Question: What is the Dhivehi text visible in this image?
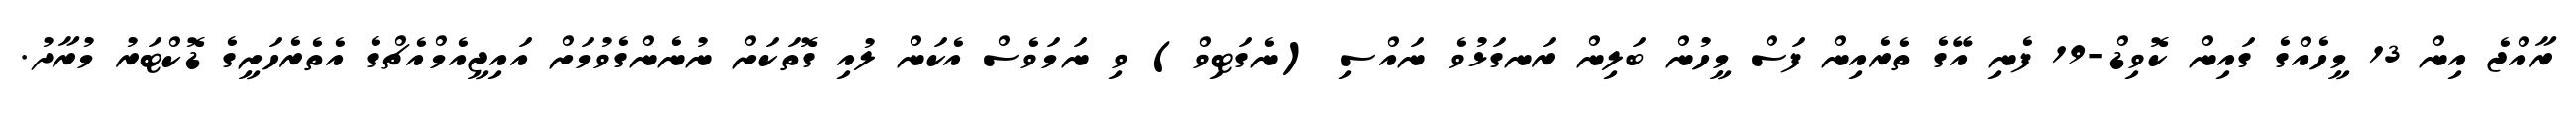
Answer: ރާއްޖެ އިން 13 މީހެއްގެ ގައިން ކޮވިޑް-19 ފެނި އޭގެ ތެރެއިން ފަސް މީހުން ބަލިން ރަނގަޅުވެ ނައްސި (ނެގަޓިވް) ވި ނަމަވެސް އެކަން ލުއި ގޮތަކަށް ނުނެންގެވުމަށް އައިޖީއެމްއެޗްގެ އެތެރެހަށީގެ ޑޮކްޓަރު މުރާދު.